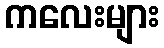
ကလေးများ